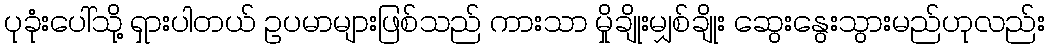
ပုခုံးပေါ်သို့ ရှားပါတယ် ဥပမာများဖြစ်သည် ကားသာ မှိုချိုးမျှစ်ချိုး ဆွေးနွေးသွားမည်ဟုလည်း